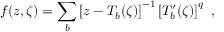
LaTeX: f ( z , \zeta ) = \sum _ { b } \left[ z - T _ { b } ( \zeta ) \right] ^ { - 1 } \left[ T _ { b } ^ { \prime } ( \zeta ) \right] ^ { q } \ ,